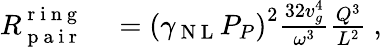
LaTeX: \begin{array}{rl}{R_{\mathrm{~p~a~i~r~}}^{\mathrm{~r~i~n~g~}}}&{{}=\left(\gamma_{\mathrm{~N~L~}}P_{P}\right)^{2}\frac{32v_{g}^{4}}{\omega^{3}}\frac{Q^{3}}{L^{2}}\ ,}\end{array}